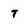
Character: 7